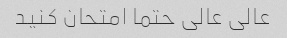
عالى عالى حتما امتحان کنید